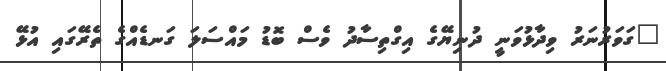
"ގަވަރުނަރު ވިދާޅުވަނީ ދުނިޔޭގެ އިގްތިސާދު ވެސް ބޮޑު މައްސަލަ ގަނޑެއްގެ ތެރޭގައި އުޅޭ